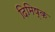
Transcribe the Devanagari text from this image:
दिमिष्क